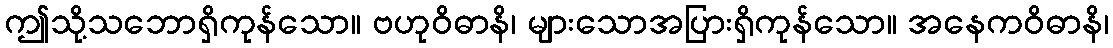
ဤသို့သဘောရှိကုန်သော။ ဗဟုဝိဓာနိ၊ များသောအပြားရှိကုန်သော။ အနေကဝိဓာနိ၊